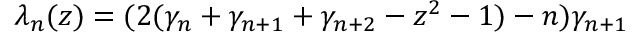
\lambda _ { n } ( z ) = ( 2 ( \gamma _ { n } + \gamma _ { n + 1 } + \gamma _ { n + 2 } - z ^ { 2 } - 1 ) - n ) \gamma _ { n + 1 }